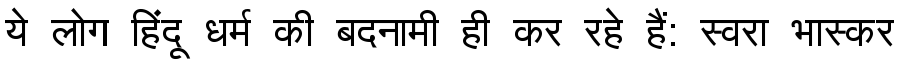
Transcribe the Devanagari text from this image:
ये लोग हिंदू धर्म की बदनामी ही कर रहे हैं: स्वरा भास्कर